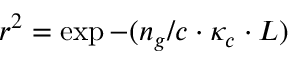
r ^ { 2 } = \exp { - ( n _ { g } / c \cdot { \kappa _ { c } } \cdot { L } ) }